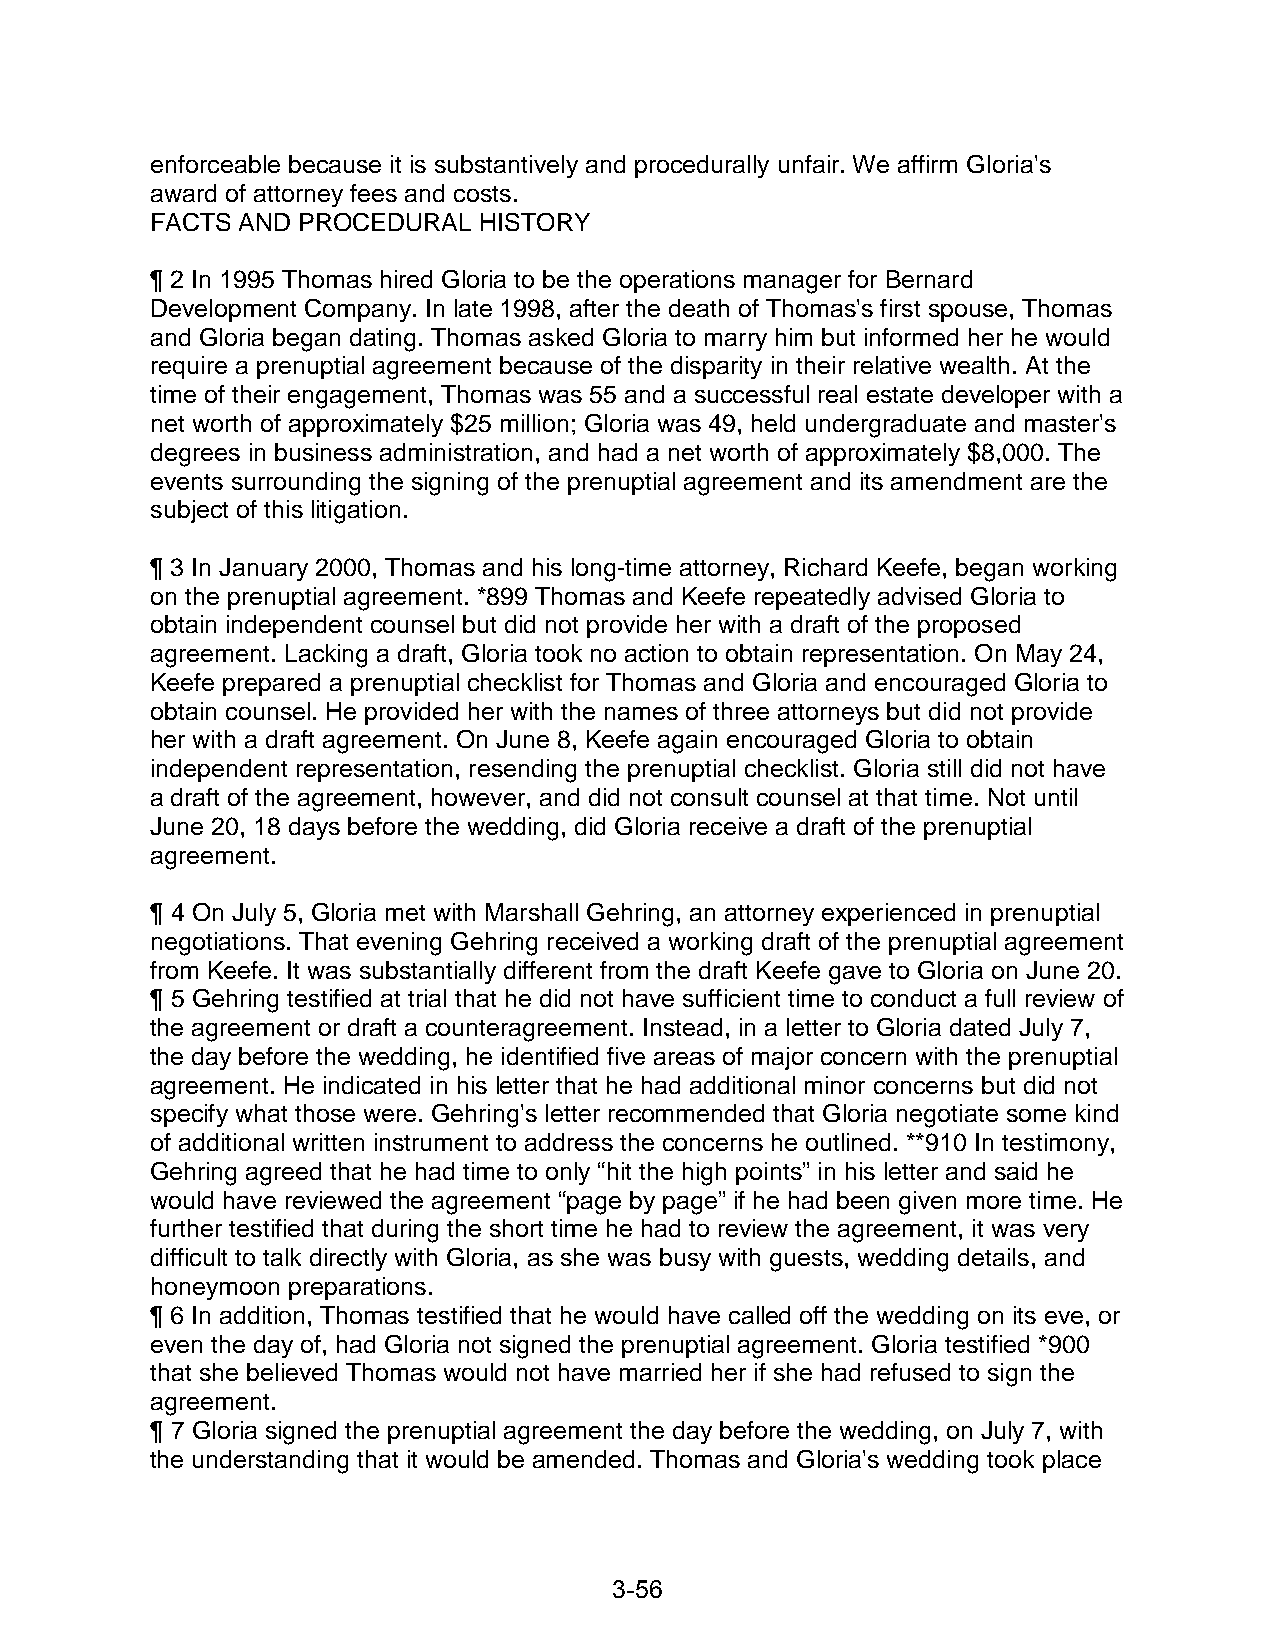
enforceable because it is substantively and procedurally unfair. We affirm Gloria's
 award of attorney fees and costs.
 FACTS AND PROCEDURAL  HISTORY
 ¶ 2 In 1995 Thomas hired Gloria to be the operations manager for Bernard
 Development Company. In late 1998, after the death of Thomas's first spouse, Thomas
 and Gloria began dating. Thomas asked Gloria to marry him but informed her he would
 require a prenuptial agreement because of the disparity in their relative wealth. At the
 time of their engagement, Thomas was 55 and a successful real estate developer with a
 net worth of approximately $25 million; Gloria was 49, held undergraduate and master's
 degrees in business administration, and had a net worth of approximately $8,000. The
 events surrounding the signing of the prenuptial agreement and its amendment are the
 subject of this litigation.
 ¶ 3 In January 2000, Thomas and his long-time attorney, Richard Keefe, began working
 on the prenuptial agreement. *899 Thomas and Keefe repeatedly advised Gloria to
 obtain independent counsel but did not provide her with a draft of the proposed
 agreement. Lacking a draft, Gloria took no action to obtain representation. On May 24,
 Keefe prepared a prenuptial checklist for Thomas and Gloria and encouraged Gloria to
 obtain counsel. He provided her with the names of three attorneys but did not provide
 her with a draft agreement. On June 8, Keefe again encouraged Gloria to obtain
 independent representation, resending the prenuptial checklist. Gloria still did not have
 a draft of the agreement, however, and did not consult counsel at that time. Not until
 June 20, 18 days before the wedding, did Gloria receive a draft of the prenuptial
 agreement.
 ¶ 4 On July 5, Gloria met with Marshall Gehring, an attorney experienced in prenuptial
 negotiations. That evening Gehring received a working draft of the prenuptial agreement
 from Keefe. It was substantially different from the draft Keefe gave to Gloria on June 20.
 ¶ 5 Gehring testified at trial that he did not have sufficient time to conduct a full review of
 the agreement or draft a counteragreement. Instead, in a letter to Gloria dated July 7,
 the day before the wedding, he identified five areas of major concern with the prenuptial
 agreement. He indicated in his letter that he had additional minor concerns but did not
 specify what those were. Gehring's letter recommended that Gloria negotiate some kind
 of additional written instrument to address the concerns he outlined. **910 In testimony,
 Gehring agreed that he had time to only “hit the high points” in his letter and said he
 would have reviewed the agreement “page by page” if he had been given more time. He
 further testified that during the short time he had to review the agreement, it was very
 difficult to talk directly with Gloria, as she was busy with guests, wedding details, and
 honeymoon preparations.
 ¶ 6 In addition, Thomas testified that he would have called off the wedding on its eve, or
 even the day of, had Gloria not signed the prenuptial agreement. Gloria testified *900
 that she believed Thomas would not have married her if she had refused to sign the
 agreement.
 ¶ 7 Gloria signed the prenuptial agreement the day before the wedding, on July 7, with
 the understanding that it would be amended. Thomas and Gloria's wedding took place
 3-56